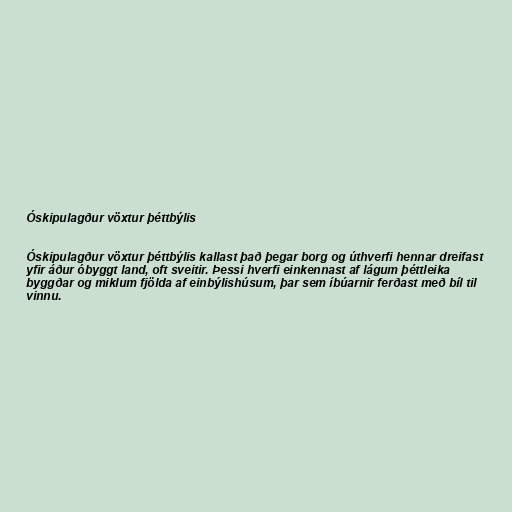
Óskipulagður vöxtur þéttbýlis

Óskipulagður vöxtur þéttbýlis kallast það þegar borg og úthverfi hennar dreifast
yfir áður óbyggt land, oft sveitir. Þessi hverfi einkennast af lágum þéttleika
byggðar og miklum fjölda af einbýlishúsum, þar sem íbúarnir ferðast með bíl til
vinnu.